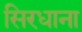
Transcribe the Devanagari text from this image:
सिरधाना